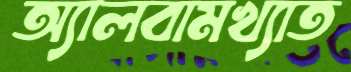
অ্যালবামখ্যাত